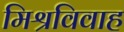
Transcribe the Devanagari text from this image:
मिश्रविवाह